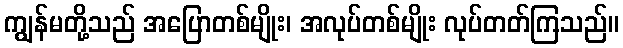
ကျွန်မတို့သည် အပြောတစ်မျိုး၊ အလုပ်တစ်မျိုး လုပ်တတ်ကြသည်။